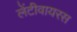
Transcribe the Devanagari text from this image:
लेंटीवायरस